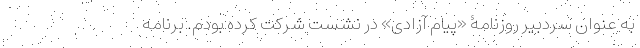
به عنوان سردبیر روزنامۀ «پیام آزادی» در نشست شرکت کرده بودم. برنامه